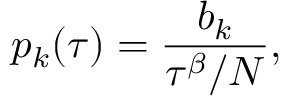
p _ { k } ( \tau ) = \frac { b _ { k } } { \tau ^ { \beta } / N } ,